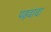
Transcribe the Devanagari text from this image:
पड़दादा